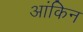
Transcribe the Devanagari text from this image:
आंकिन